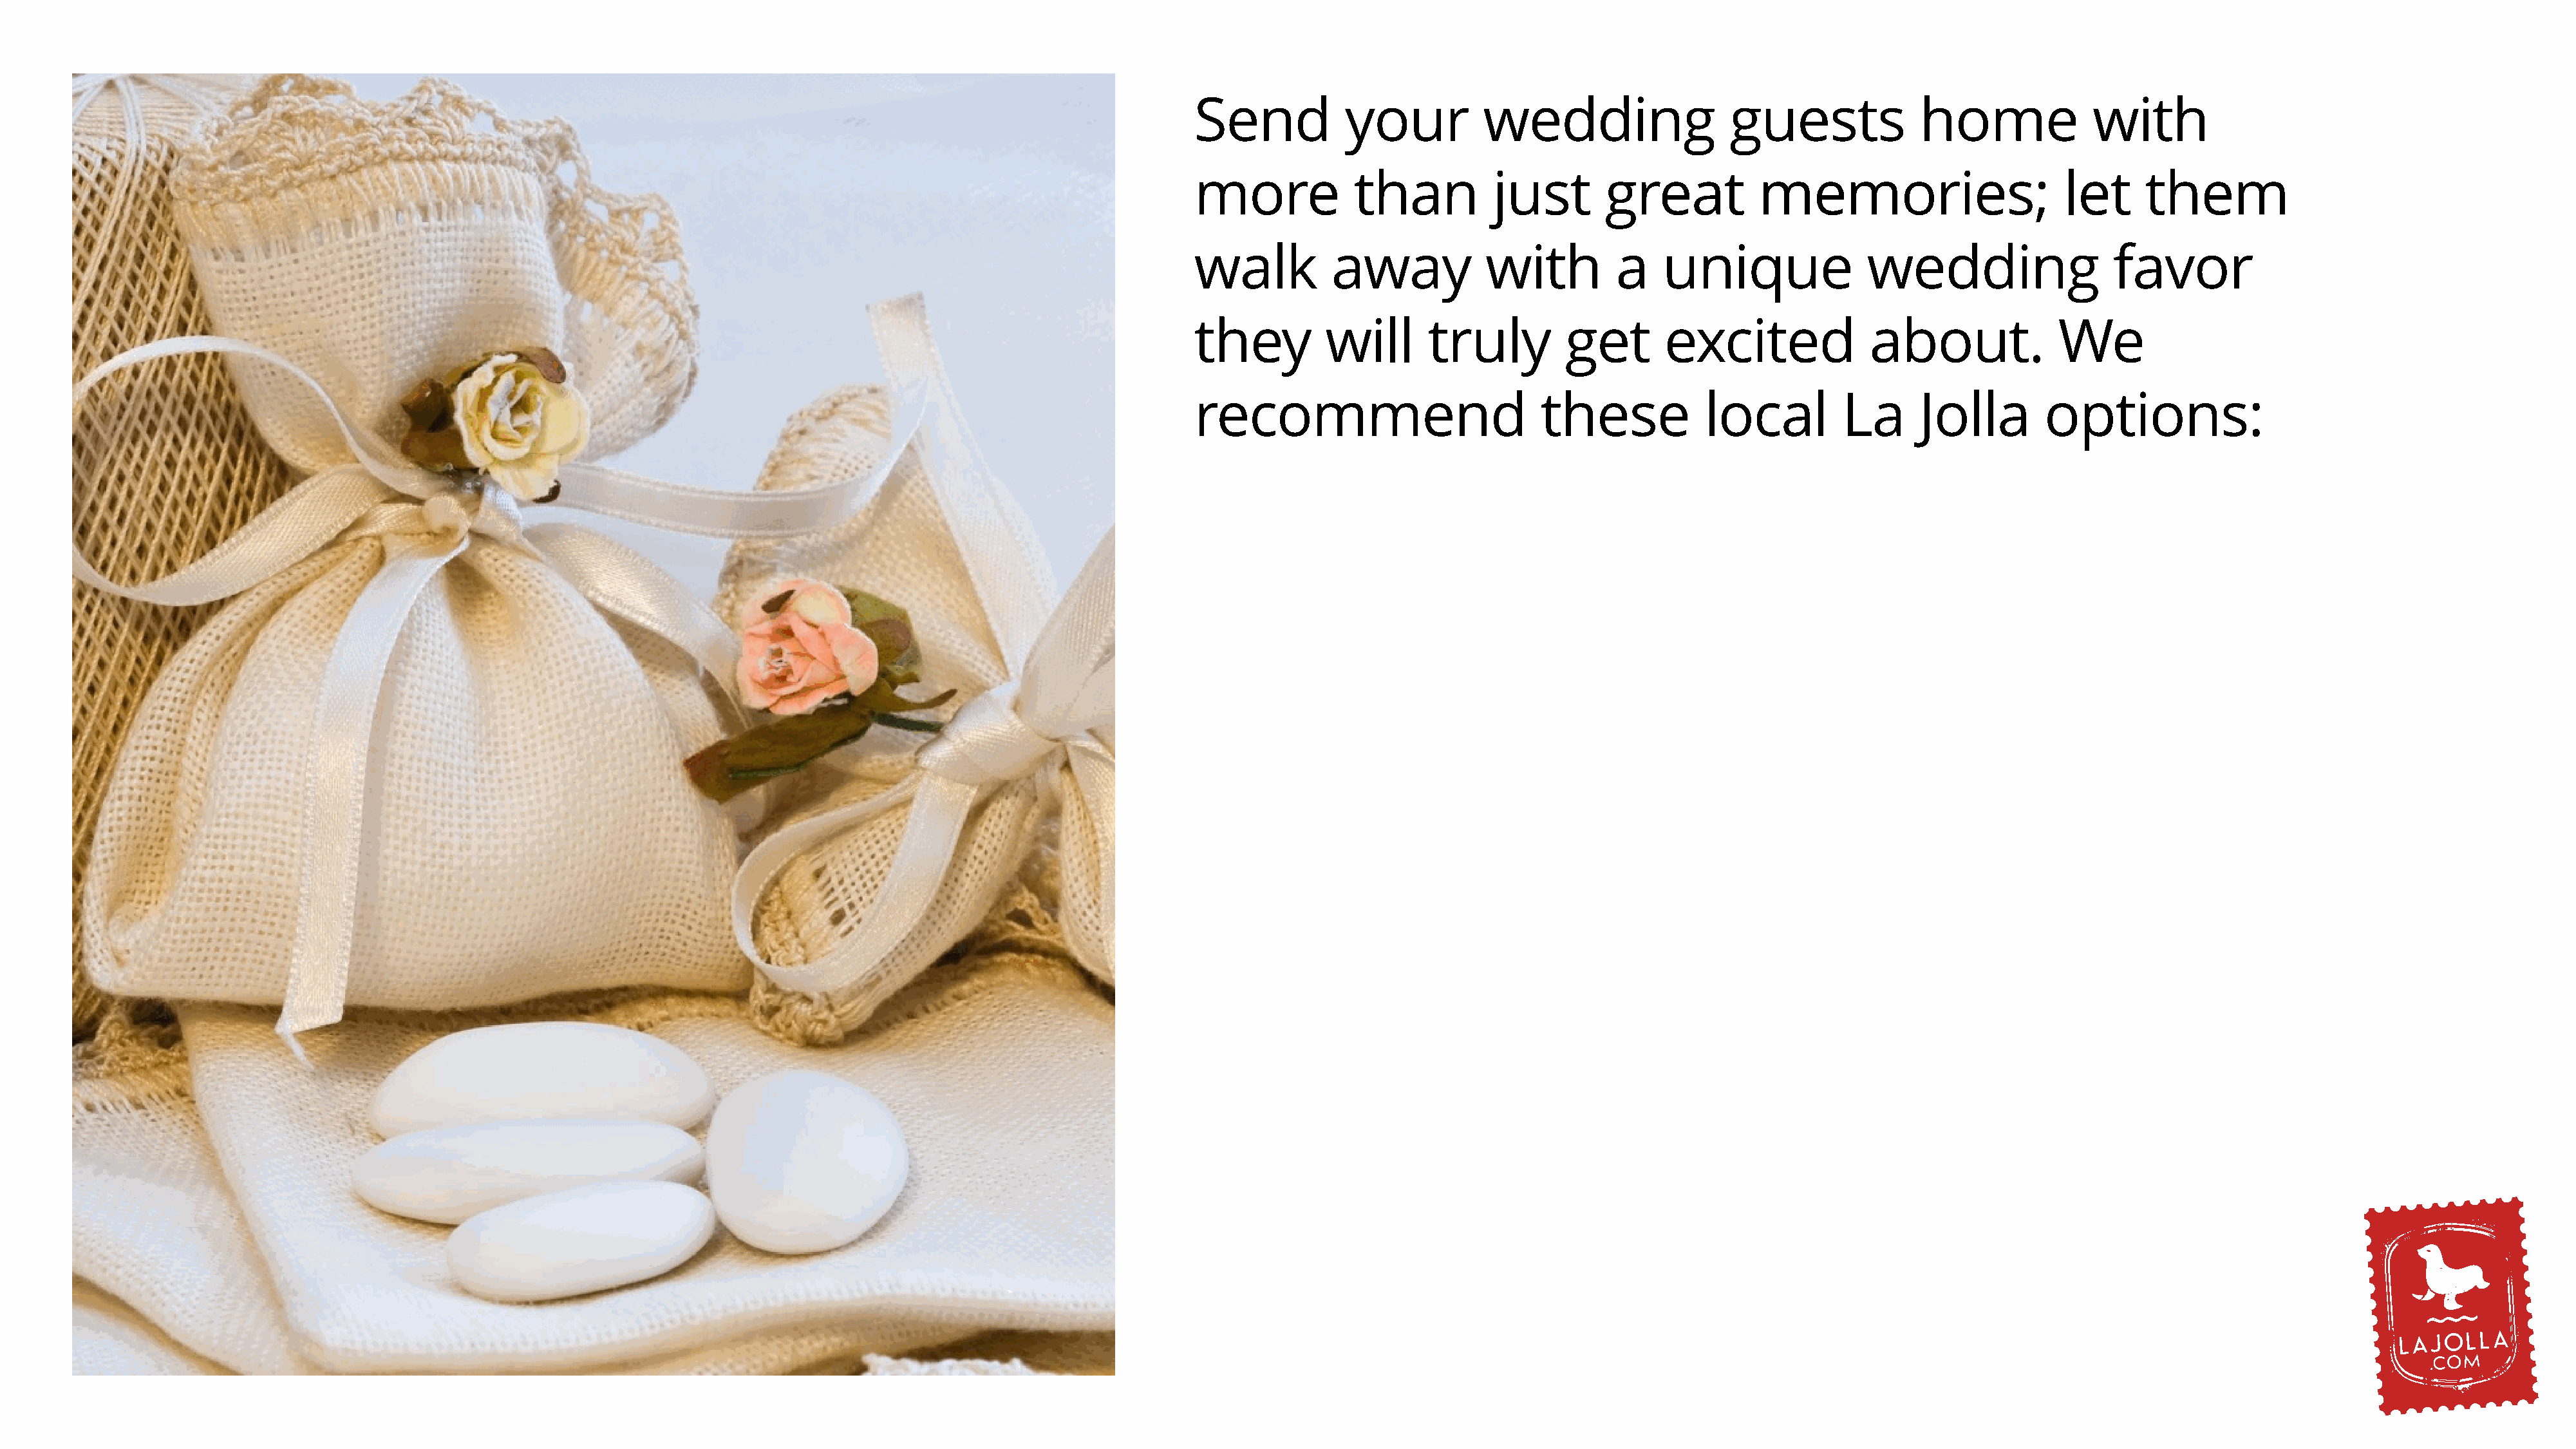
Send           your          wedding                   guests             home              with
 more            than          just        great           memories;                      let     them
 walk          away            with         a    unique               wedding                  favor
 they         will       truly         get       excited              about.              We
 recommend                          these            local         La      Jolla        options: